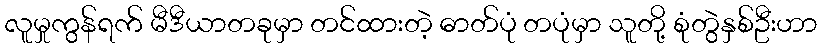
လူမှုကွန်ရက် မီဒီယာတခုမှာ တင်ထားတဲ့ ဓာတ်ပုံ တပုံမှာ သူတို့ စုံတွဲနှစ်ဦးဟာ